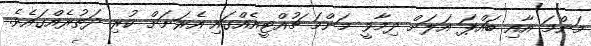
މަންމަ އާއި ބައްޕަ އަލަށް ދިމާވީ މަންމަ ޗުއްޓީއެއްގައި އެރަށަށް ކުރި ދަތުރެއްގައެވެ.